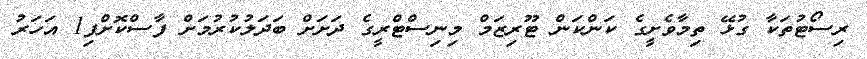
ރިސޯޓުތަކާ ގުޅޭ ތިމާވެށީގެ ކަންކަން ޓޫރިޒަމް މިނިސްޓްރީގެ ދަށަށް ބަދަލުކުރުމަށް ފާސްކޮށްފި1 އަހަރު